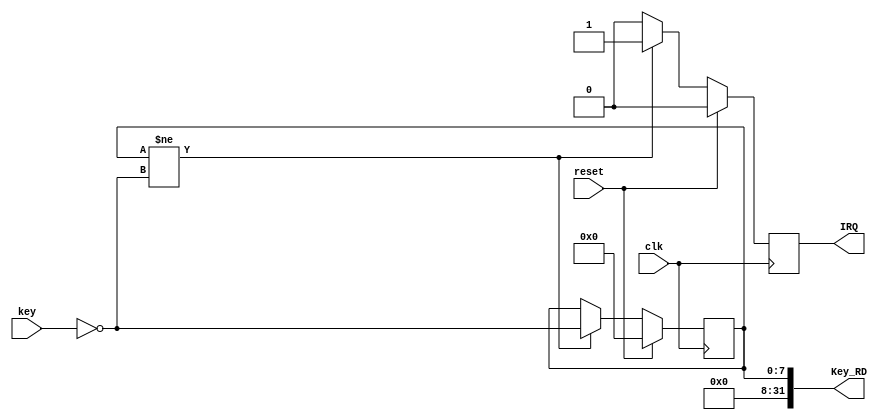
// This program was cloned from: https://github.com/SilenceX12138/MIPS-Microsystems
// License: MIT License

module Key(clk,reset,key,IRQ,Key_RD);
//input
    input clk;
    input reset;

    input [7:0] key;
    
//output
    output reg IRQ;
    output [31:0] Key_RD;

//sequential logic
    reg [7:0] data;

    assign Key_RD={24'b0,data};

    always @(posedge clk)
        begin
            if(reset)
                begin
                    data<=0;
                    IRQ<=0;
                end 
            else if(data!=~key)
                begin
                    data<=~key;
                    IRQ<=1;
                end
            else
                begin
                    data<=data;
                    IRQ<=0;
                end
        end

endmodule